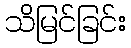
သိမြင်ခြင်း